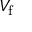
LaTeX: V _ { \mathrm { f } }